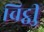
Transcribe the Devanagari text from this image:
चिट्ठीु